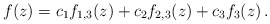
\begin{align*}f(z)=c_1f_{1,3}(z)+c_2f_{2,3}(z)+c_3f_3(z)\, .\end{align*}